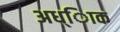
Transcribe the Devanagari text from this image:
अध्ािक